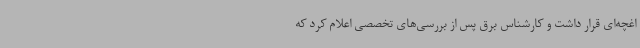
اغچه‌ای قرار داشت و کارشناس برق پس از بررسی‌های تخصصی اعلام کرد که